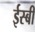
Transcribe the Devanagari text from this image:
ईस्बी